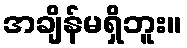
အချိန်မရှိဘူး။